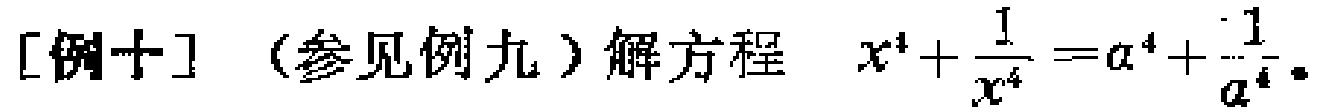
[例十]（参见例九）解方程 \(x^{4}+\frac{1}{x^{4}}=a^{4}+\frac{1}{a^{4}}\)。